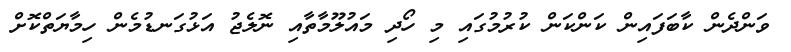
ވަންދެން ކާބަފައިން ކަންކަން ކުރުމުގައި މި ހޯދި މައުލޫމާތާއި ނޮލެޖު އަޅުގަނޑުމެން ހިމާޔަތްކޮށް